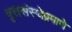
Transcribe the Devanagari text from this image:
वृत्तसंस्थेप्रमाणे